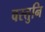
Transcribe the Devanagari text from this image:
वस्तुनि